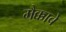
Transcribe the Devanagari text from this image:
मैक्काबे